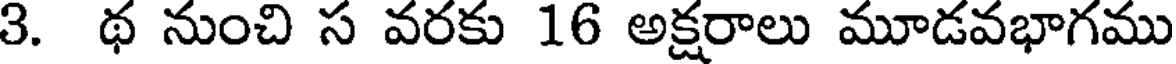
3. థ నుంచి స వరకు 16 అక్షరాలు మూడవభాగము